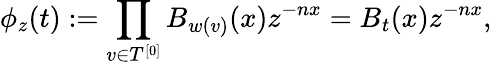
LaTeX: \phi_{z}(t):=\prod_{v\in T^{[0]}}B_{w(v)}(x)z^{-nx}=B_{t}(x)z^{-nx},